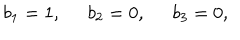
b _ { 1 } = 1 , \; \; b _ { 2 } = 0 , \; \; b _ { 3 } = 0 ,